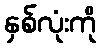
နှစ်လုံးကို